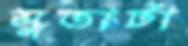
সুতাটা